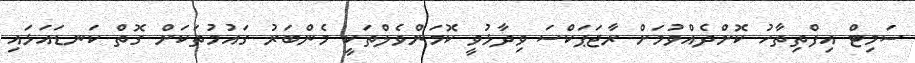
ސަމިޓް އިފްތިތާހު ކޮށްދެއްވުމަށް ރާޖަޕަކްސަ ވިދާޅުވީ ކޮމަންވެލްތަކީ މެންބަރު ގައުމުތަކަށް ގޮތް ކަނޑައަޅައި